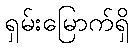
ရှမ်းမြောက်ရှိ